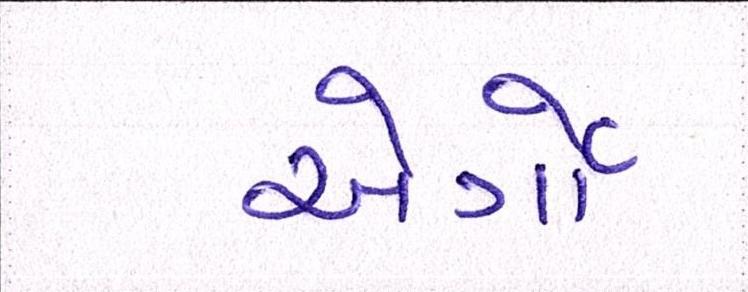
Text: એર્ગો